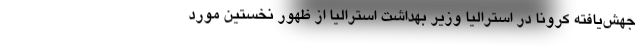
جهش‌یافته کرونا در استرالیا وزیر بهداشت استرالیا از ظهور نخستین مورد